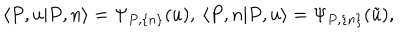
\langle P , u | P , n \rangle = \Psi _ { P , \{ n \} } ( u ) , \: \langle P , n | P , u \rangle = \Psi _ { P , \{ n \} } ( \tilde { u } ) ,